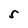
Character: 5